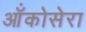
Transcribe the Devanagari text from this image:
ऑंकोसेरा